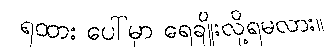
ရထား ပေါ်မှာ ရေချိုးလို့ရမလား။